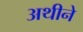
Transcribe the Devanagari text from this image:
अथीने